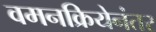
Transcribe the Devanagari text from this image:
वमनक्रियेनंतर